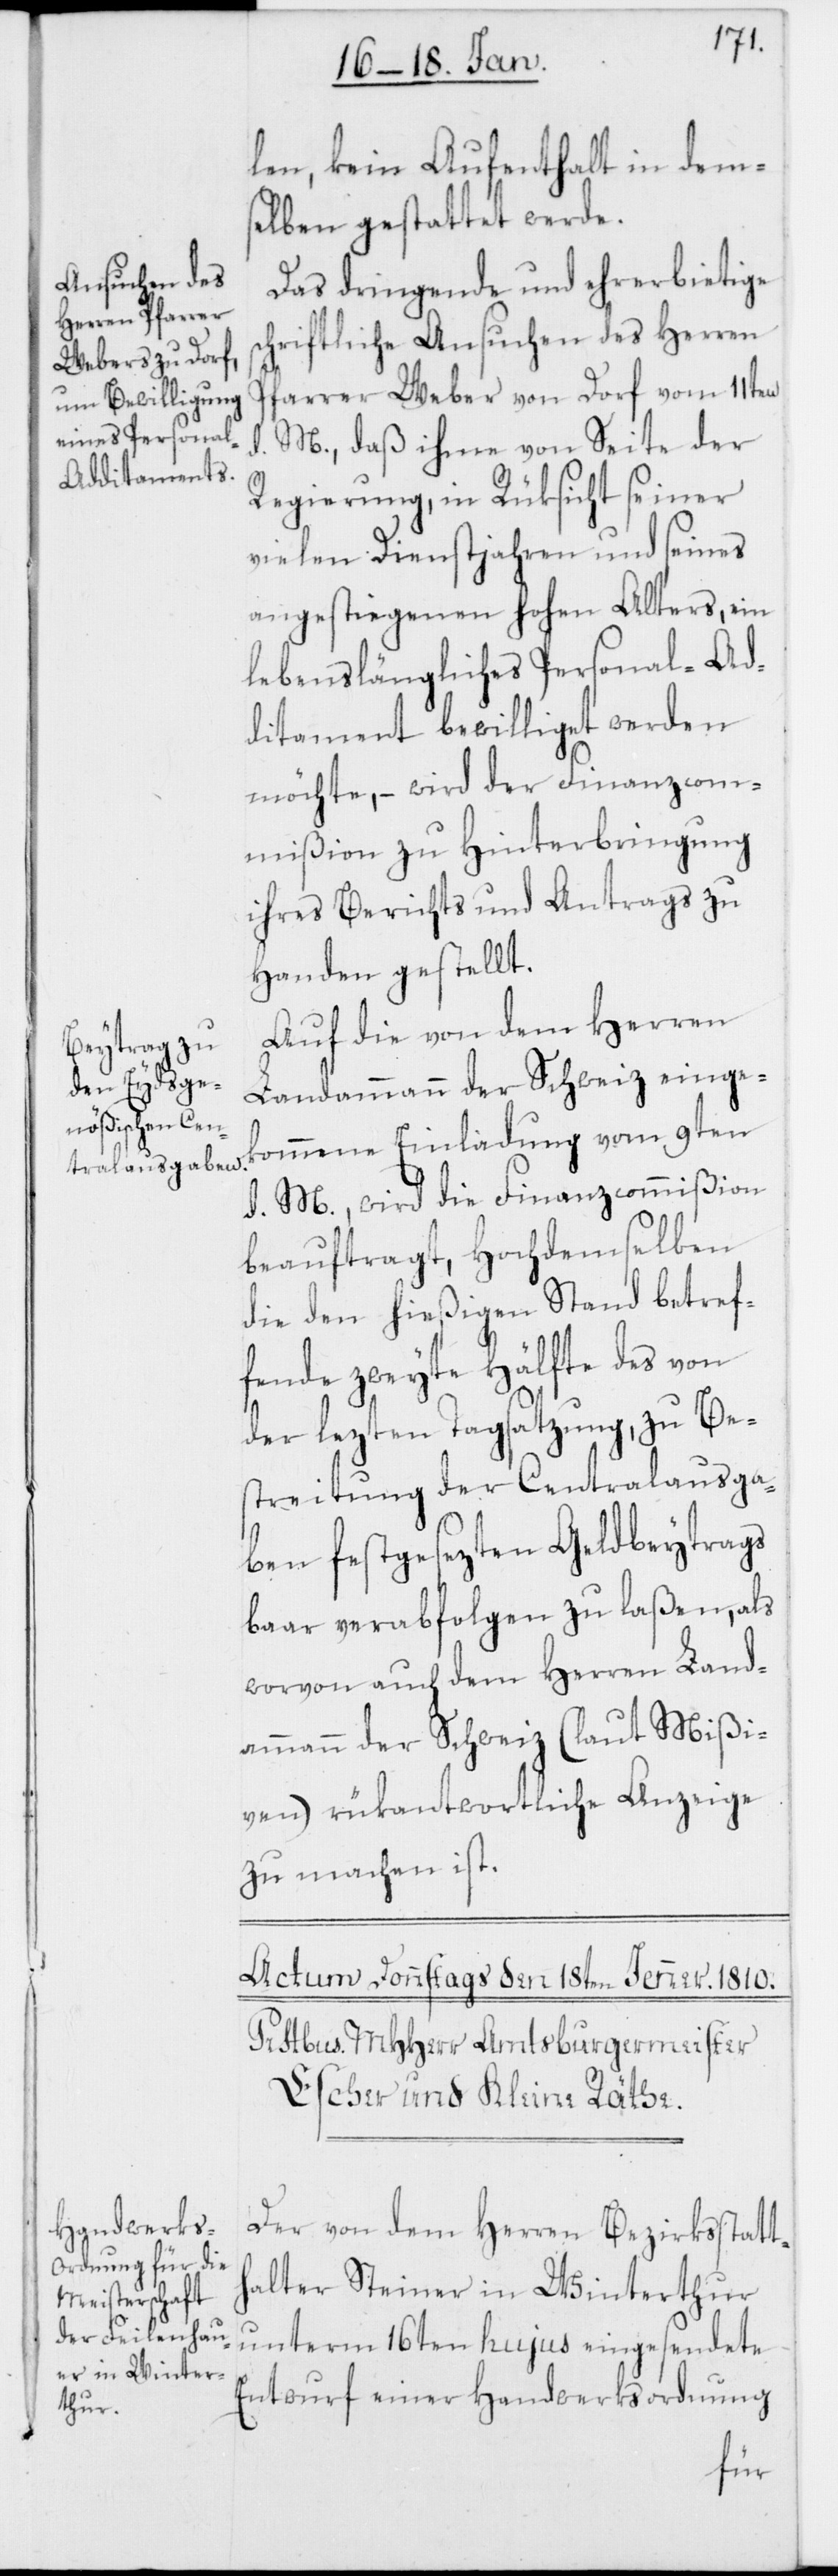
len, kein Aufenthalt in dems¬
elben gestattet werde.
Das dringende und ehrerbietige
schriftliche Ansuchen des Herren
Pfarrer Weber von Dorf vom 11ten
d. M., daß ihme von Seite der
Regierung, in Rüksicht seiner
vielen Dienstjahren und seines
angestiegenen hohen Alters, ein
lebenslängliches Personal-Ad¬
ditament bewilliget werden
möchte, – wird der Finanzcom¬
mißion zu Hinterbringung
ihres Berichts und Antrags zu
Handen gestellt.
Auf die von dem Herren
Landammann der Schweiz einge¬
kommene Einladung vom 9ten
d. M., wird die Finanzcommißion
beauftragt, Hochdemselben
die den hießigen Stand betref¬
fende zweyte Hälfte des von
der lezten Tagsatzung, zu Be¬
streitung der Centralausga¬
ben festgesezten Geldbeytrags
baar verabfolgen zu laßen, als
worvon auch dem Herren Land¬
ammann der Schweiz (laut Mißi¬
ven) rükantwortlich Anzeige
zu machen ist.
Der von dem Herren Bezirksstatt¬
halter Steiner in Winterthur
unterm 16ten hujus eingesendete
Entwurf einer Handwerksordnung